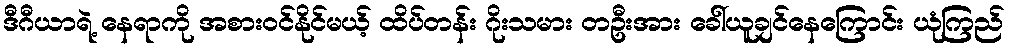
ဒီဂီယာရဲ့ နေရာကို အစားဝင်နိုင်မယ့် ထိပ်တန်း ဂိုးသမား တဦးအား ခေါ်ယူချင်နေကြောင်း ယုံကြည်